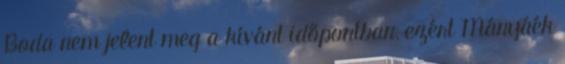
Boda nem jelent meg a kívánt időpontban, ezért Mányáék